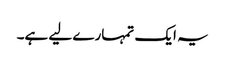
یہ ایک تمہارے لیے ہے۔